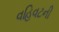
વહિવટની